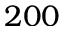
2 0 0